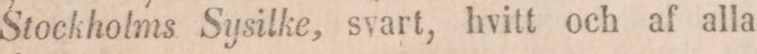
Stockholms Sysilke, svart, hvitt och af alla